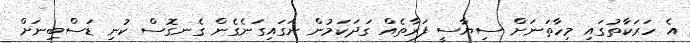
އެ ހަރަކާތުގައި މިހާތަނަށް ސިޔާސީ ފަރާތެއް ގަދަކަމުން ނަގައިގަނެގެން ގެނގޮސް ކުނި ޑަސްބިނަށް